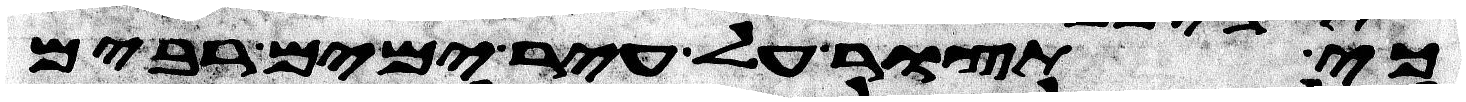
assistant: כי תצור על עיר ימים רבים